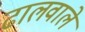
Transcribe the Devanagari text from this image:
ढालवाले